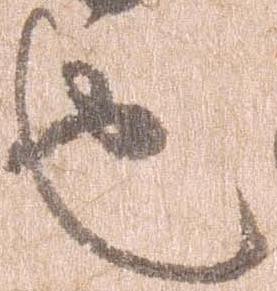
也